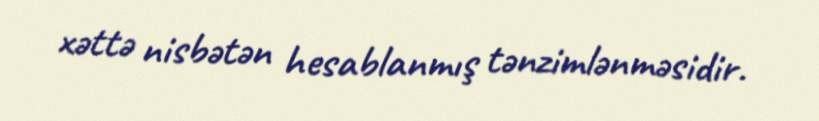
xəttə nisbətən hesablanmış tənzimlənməsidir.